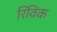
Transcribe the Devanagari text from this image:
रिविक